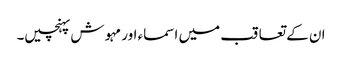
ان کے تعاقب میں اسماء اور مہوش پہنچیں۔